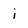
Character: i